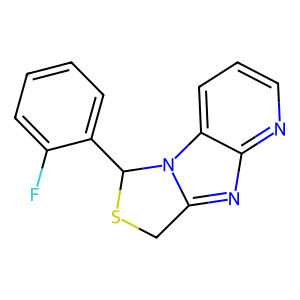
SMILES: Fc1ccccc1C1SCc2nc3ncccc3n21
Inhibits HIV replication: No